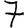
Digit: 7